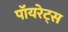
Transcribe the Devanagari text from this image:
पॉयरेट्स